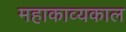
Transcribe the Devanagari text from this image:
महाकाव्‍यकाल